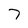
Character: 7